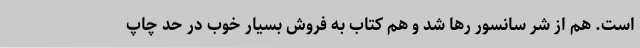
است. هم از شر سانسور رها شد و هم کتاب به فروش بسیار خوب در حد چاپ